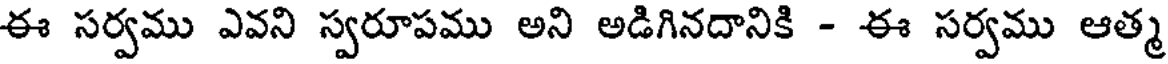
ఈ సర్వము ఎవని స్వరూపము అని అడిగినదానికి - ఈ సర్వము ఆత్మ